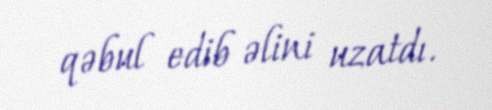
qəbul edib əlini uzatdı.